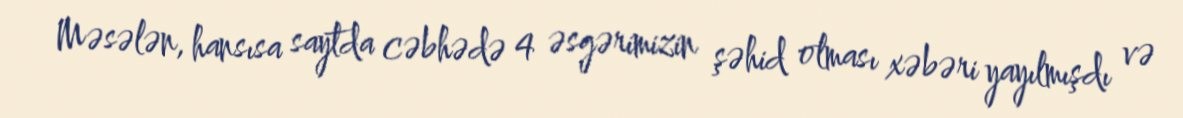
Məsələn, hansısa saytda cəbhədə 4 əsgərimizin şəhid olması xəbəri yayılmışdı və